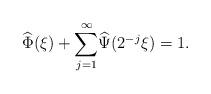
LaTeX: \begin{align*}\widehat{\Phi}(\xi)+{\sum_{j=1}^\infty} \widehat{\Psi}(2^{-j}\xi)=1.\end{align*}